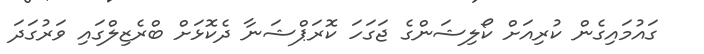
ގައުމައިގެން ކުރިއަށް ކޯލިޝަންގެ ޖަގަހަ ކޮރަޕްޝަނާ ދެކޮޅަށް ބްރެޒިލްގައި ވަރުގަދަ